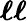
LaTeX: \boldsymbol{\ell\ell}